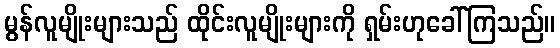
မွန်လူမျိုးများသည် ထိုင်းလူမျိုးများကို ရှမ်းဟုခေါ်ကြသည်။